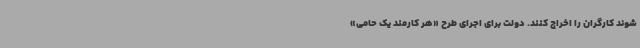
شوند کارگران را اخراج کنند. دولت برای اجرای طرح «هر کارمند یک حامی»